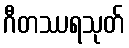
ဂီတဿရသုတ်